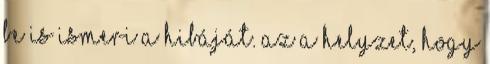
be is ismeri a hibáját. Az a helyzet, hogy